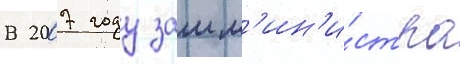
В 2007 году замм'ин'и́стра